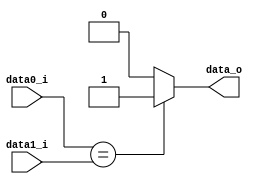
//done
module Comparator
(
    data0_i,
    data1_i,
    data_o
);

input [31:0] data0_i,data1_i;
output data_o;
assign data_o=(data0_i==data1_i)?1'b1:1'b0;

endmodule